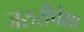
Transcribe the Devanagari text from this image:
जरुरीपेक्षा